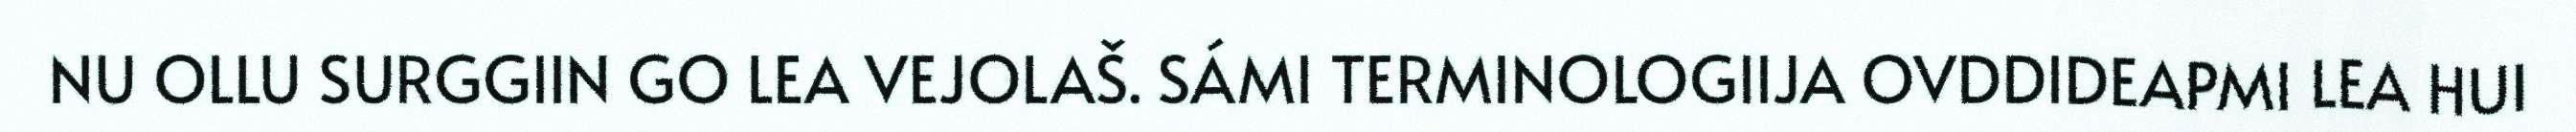
NU OLLU SURGGIIN GO LEA VEJOLAŠ. SÁMI TERMINOLOGIIJA OVDDIDEAPMI LEA HUI